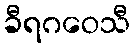
ခီရဂဝေသီ